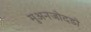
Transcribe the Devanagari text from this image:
मुअनजोदडो